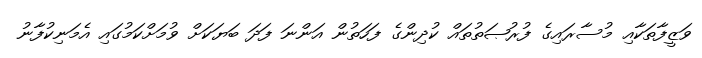
ވަޒީފާތަކާއި މުސާރައިގެ ފުރުޞަތުތައް ކުދިންގެ ފަހަތުން އަންނަ ފަދަ ބަޔަކަށް ވުމަށްކަމުގައި އެމަނިކުފާނު